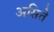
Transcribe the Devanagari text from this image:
असिते